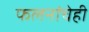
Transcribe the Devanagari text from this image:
फलनांचेही